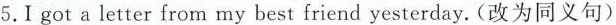
5.Igot a letter from my best friend yesterday.(改为同义句)